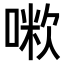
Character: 𠺼